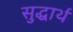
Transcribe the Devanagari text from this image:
सुद्धार्थ